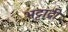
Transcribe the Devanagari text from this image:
भट्टाद्री